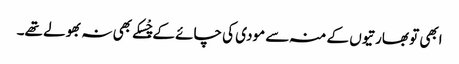
ابھی تو بھارتیوں کے منہ سے مودی کی چائے کے چْسکے بھی نہ بھولے تھے۔